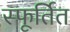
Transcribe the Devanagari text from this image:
स्फूर्तित